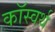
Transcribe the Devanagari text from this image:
कॉस्वर्थ